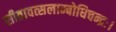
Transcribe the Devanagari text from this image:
सीतावत्सलाम्बोधिचन्द्रः।